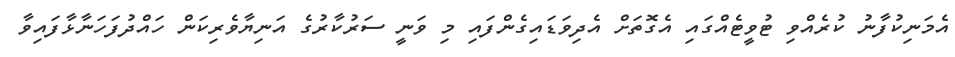
އެމަނިކުފާނު ކުރެއްވި ޓުވީޓެއްގައި އެގޮތަށް އެދިވަޑައިގެންފައި މި ވަނީ ސަރުކާރުގެ އަނިޔާވެރިކަން ހައްދުފަހަނާޅާފައިވާ